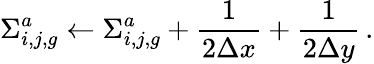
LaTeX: \Sigma_{i,j,g}^{a}\leftarrow\Sigma_{i,j,g}^{a}+\frac{1}{2\Delta x}+\frac{1}{2\Delta y}\, .